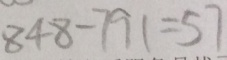
8 4 8 - 7 9 1 = 5 7